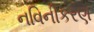
નવિનીકરણ